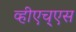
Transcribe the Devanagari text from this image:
व्हीएच्‌एस